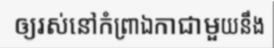
ឲ្យរស់នៅកំព្រាឯកាជាមួយនឹង